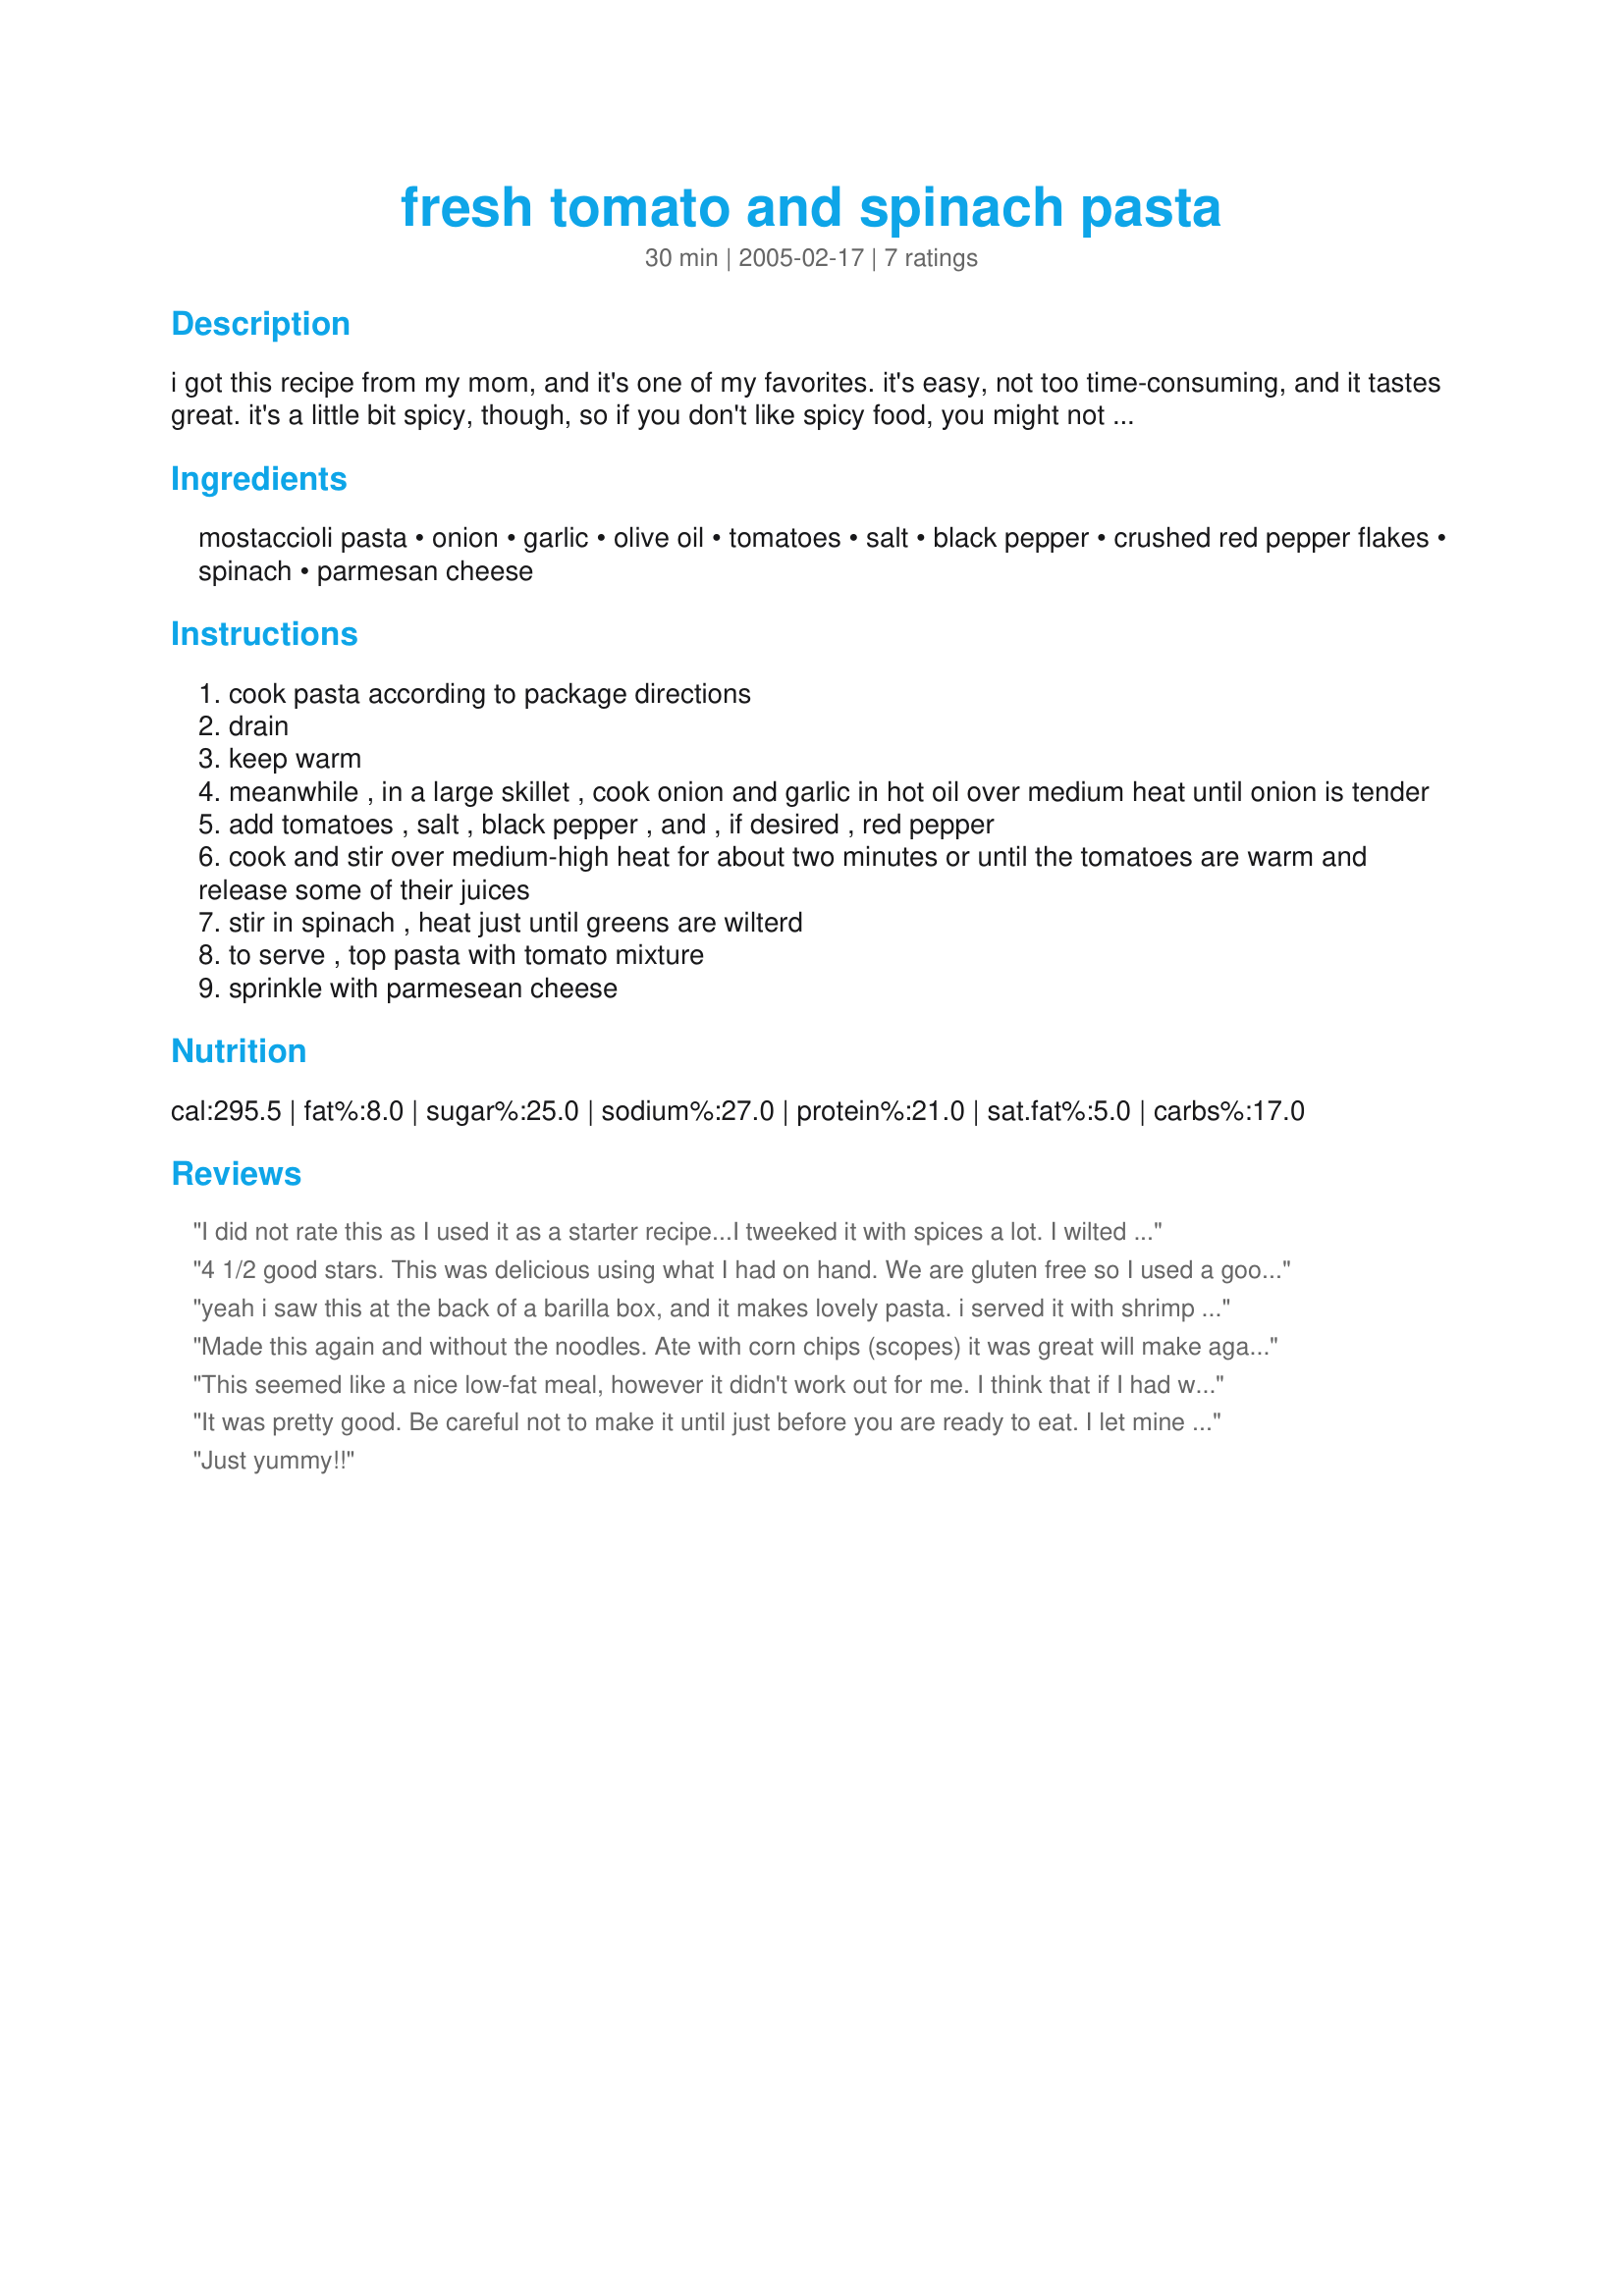
fresh tomato and spinach pasta
Preparation time: 30 minutes

i got this recipe from my mom, and it's one of my favorites. it's easy, not too time-consuming, and it tastes great. it's a little bit spicy, though, so if you don't like spicy food, you might not enjoy this.

Ingredients:
mostaccioli pasta, onion, garlic, olive oil, tomatoes, salt, black pepper, crushed red pepper flakes, spinach, parmesan cheese

Steps:
cook pasta according to package directions
drain
keep warm
meanwhile , in a large skillet , cook onion and garlic in hot oil over medium heat until onion is tender
add tomatoes , salt , black pepper , and , if desired , red pepper
cook and stir over medium-high heat for about two minutes or until the tomatoes are warm and release some of their juices
stir in spinach , heat just until greens are wilterd
to serve , top pasta with tomato mixture
sprinkle with parmesean cheese

Reviews:
I did not rate this as I used it as a starter recipe...I tweeked it with spices a lot. I wilted the spinach first and set it aside. I used a mini food processor to chop up the tomatoes. To the sauce I added: fennel, basil, oregano, thyme, baking soda (to remove some acidity) and a little bit of sugar - not much, just enough to take the sourness out of the tomatoes. When the sauce was done, I added the spinach back in and poured over top of the pasta. My 16 mo old daughter and hubby loved it. Wish I had doubled it. Thanks for sharing.
4 1/2 good stars. This was delicious using what I had on hand. We are gluten free so I used a good quality rice macaroni, I may have changed quantities of ingredients somewhat. I added quite a bit of butter to melt into the pasta and a little additional unrefined extra virgin olive oil as well. I only had a good quality canned tomato so I chopped those up. Seasoned with sea salt and a light amount of freshly ground black pepper, no optional, pretty small baby spinach leaves, I didn't bother to chop or slice, & no cheese as I didn't have that!
yeah i saw this at the back of a barilla box, and it makes lovely pasta. i served it with shrimp (Recipe #126599) and everybody loved it ;)

suggestions: i used linguini pasta instead and added tomato sauce (tomato sauce water mix to make sure it's not too thick.. this way the pasta stays moist).. plus i used canned peeled tomatoes as they are much softer in texture.
Made this again and without the noodles. Ate with corn chips (scopes) it was great will make again and again.
This seemed like a nice low-fat meal, however it didn't work out for me. I think that if I had wilted the spinach first then added the tomatoes it would have turned out better. As it was the tomatoes were mush by the time the spinach was wilted.
It was pretty good. Be careful not to make it until just before you are ready to eat. I let mine sit on the table for about 5 minutes and the tomatoes became too "juicy" and the spinach was just beyond wilted. I'd make it again and maybe add a touch of white wine.
Just yummy!!
